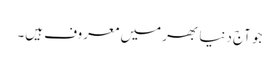
جو آج دنیا بھر میں معروف ہیں۔